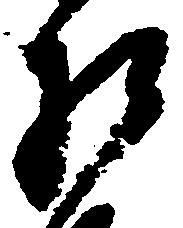
相